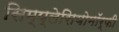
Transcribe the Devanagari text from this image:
सिम्प्लेसियोमॉर्फी